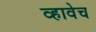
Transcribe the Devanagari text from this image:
व्हावेच